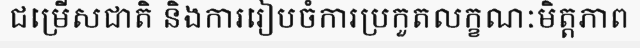
ជម្រើសជាតិ និងការរៀបចំការប្រកួតលក្ខណៈមិត្តភាព